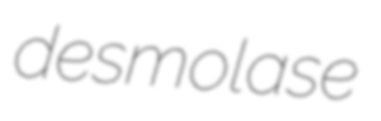
desmolase